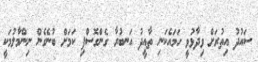
ސައުދު އިތުރަށް ވިދާޅުވީ ހަމައެކަނި ތާއީދު އަނބުރާ ގެންގޮސްފި ކަމަށް ބުނެގެން ނިންމާލުމަކީ